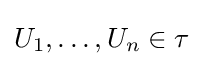
U_{1},\ldots ,U_{n}\in \tau